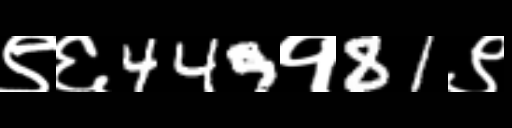
Text: ९६449१81९